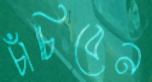
চাঁচিবেন